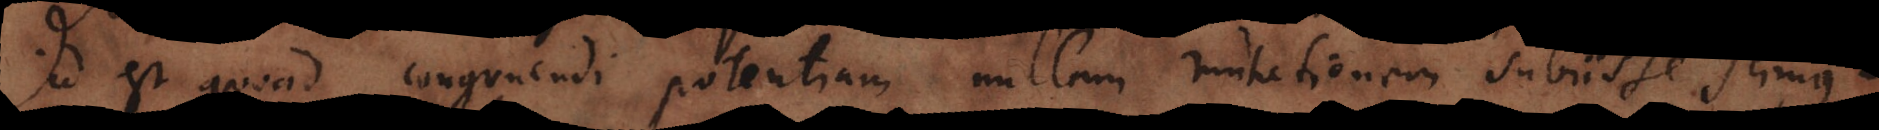
est quoad congruendi potentiam nullam mutationem subiisse scimus,